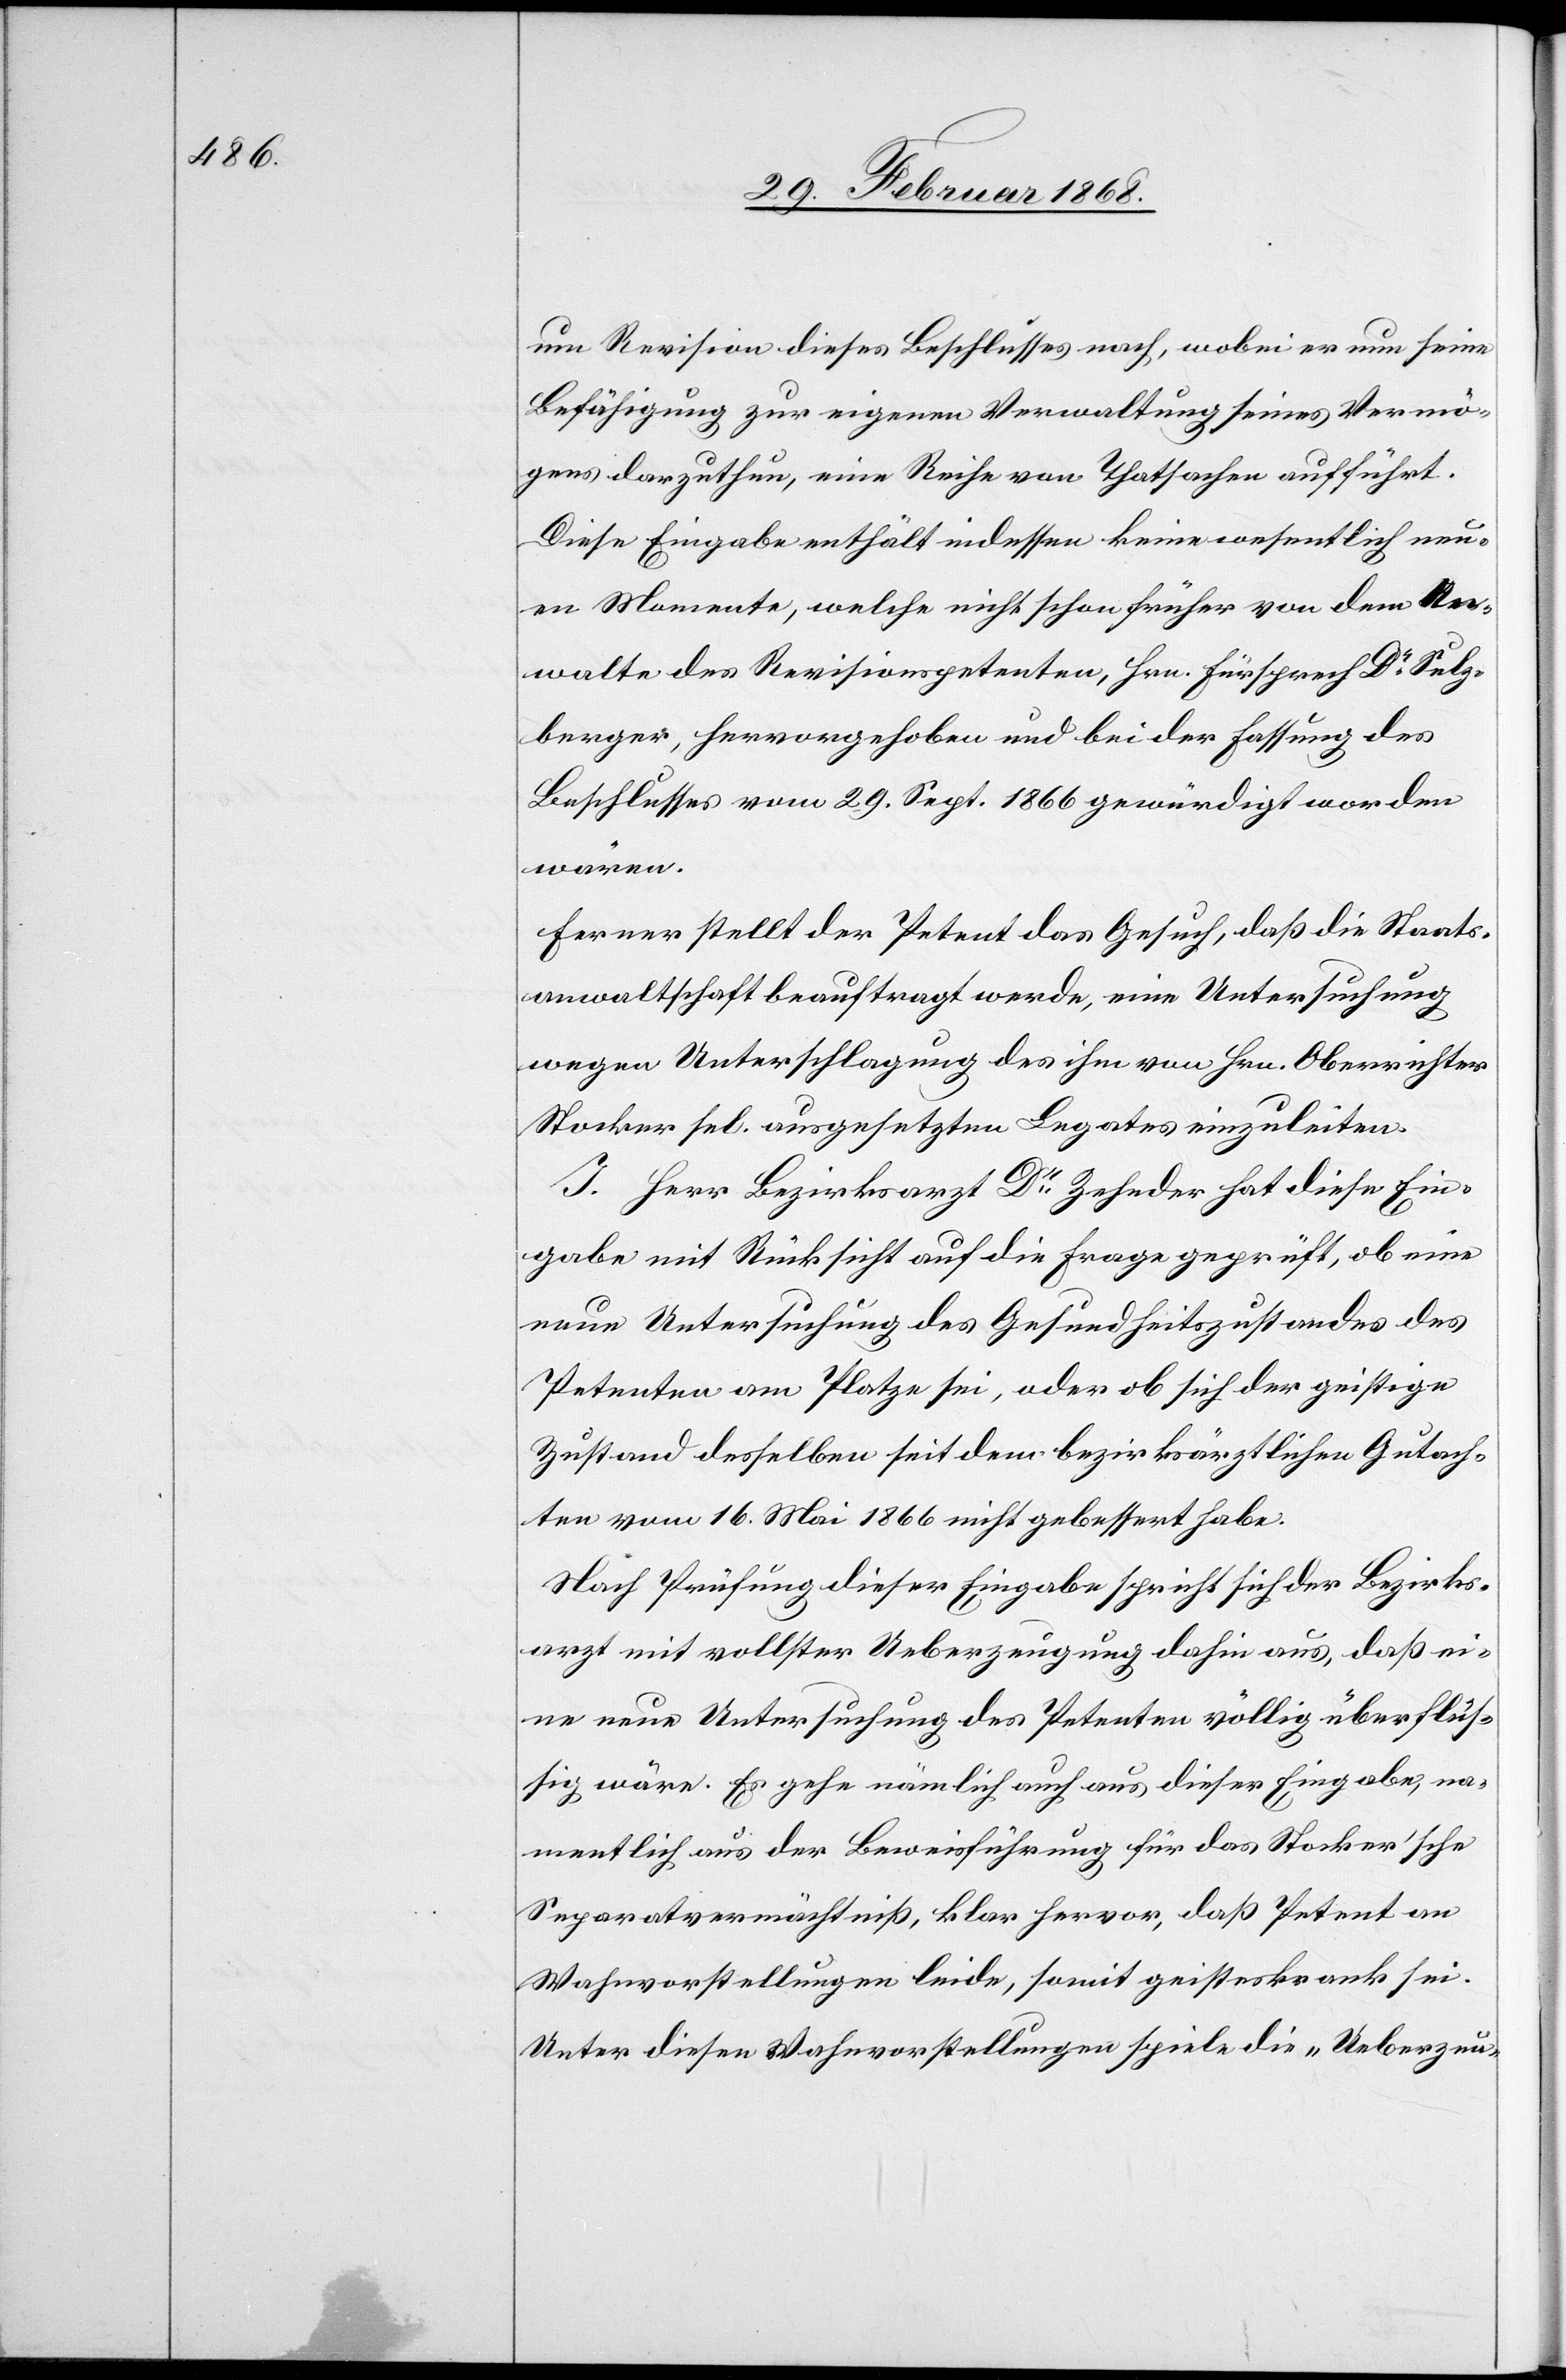
um Revision dieses Beschlusses nach, wobei er nun [recte:
Befähigung zur eigenen Verwaltung seines Vermö¬
gens darzuthun, eine Reihe von Thatsachen aufführt.
Diese Eingabe enthält indessen keine wesentlich neu¬
en Momente, welche nicht schon früher von dem An¬
walte des Revisionspetenten, Hrn. Fürsprech Dr. Sulz¬
berger, hervorgehoben und bei der Fassung des
Beschlusses vom 29. Sept. 1866 gewürdigt worden
wären.
Ferner stellt der Petent das Gesuch, daß die Staats¬
anwaltschaft beauftragt werde, eine Untersuchung
wegen Unterschlagung des ihm von Hrn. Oberrichter
Stocker sel. ausgesetzten Legates einzuleiten.
I. Herr Bezirksarzt Dr. Zehnder hat diese Ein¬
gabe mit Rücksicht auf die Frage geprüft, ob eine
neue Untersuchung des Gesundheitszustandes des
Petenten am Platze sei, oder ob sich der geistige
Zustand desselben seit dem bezirksärztlichen Gutach¬
ten vom 16. Mai 1866 nicht gebessert habe.
Nach Prüfung dieser Eingabe spricht sich der Bezirks¬
arzt mit vollster Ueberzeugung dahin aus, daß ei¬
ne neue Untersuchung des Petenten völlig überflüs¬
sig wäre. Es gehe nämlich auch aus dieser Eingabe, na¬
mentlich aus der Beweisführung für das Stocker’sche
Separatvermächtniß, klar hervor, daß Petent an
Wahnvorstellungen leide, somit geisteskrank sei.
Unter diesen Wahnvorstellungen spiele die „Ueberzeu-